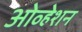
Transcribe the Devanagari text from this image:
ओव्हेशन